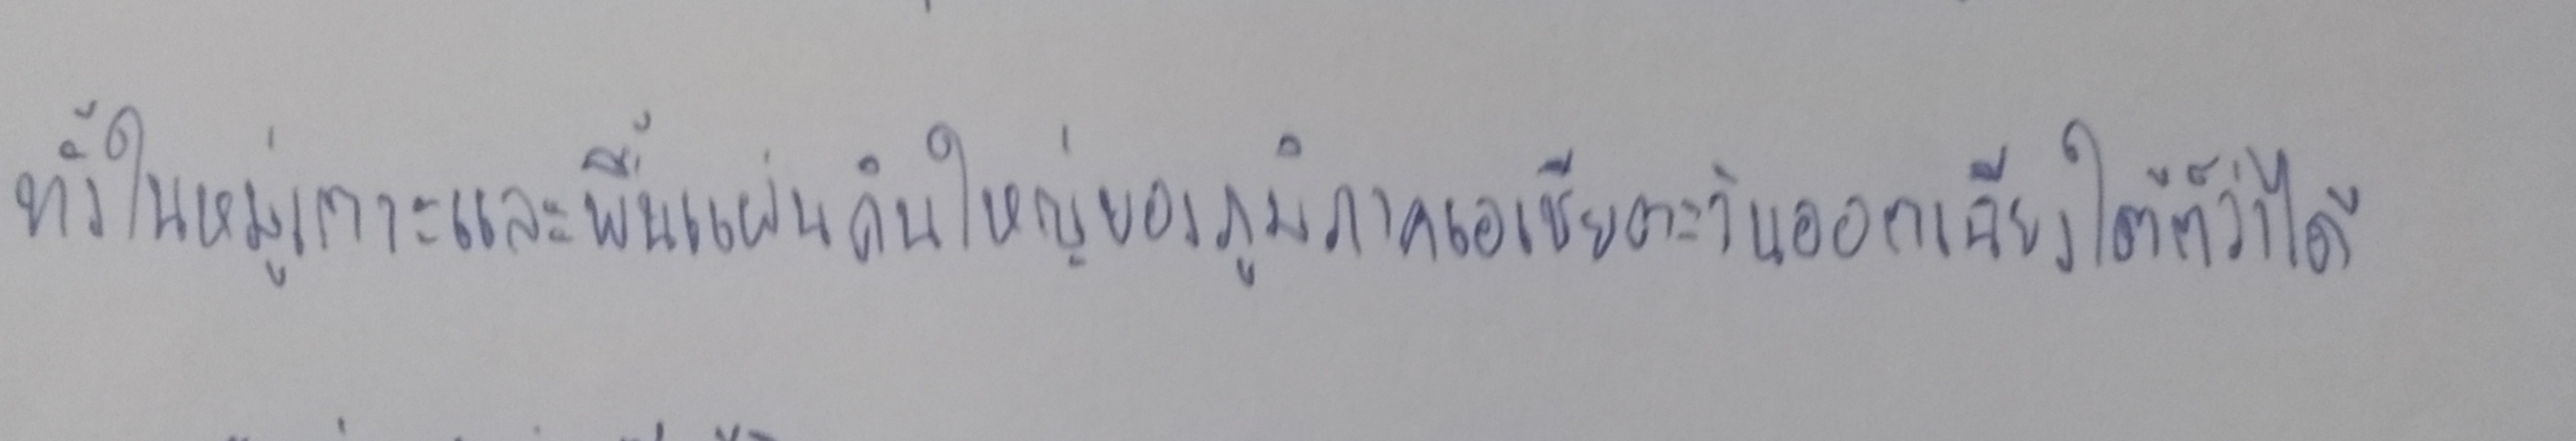
ทั้งในหมู่เกาะและพื้นแผ่นดินใหญ่ของภูมิภาคเอเชียตะวันออกเฉียงใต้ก็ว่าได้